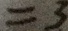
= 3